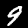
Label: 9